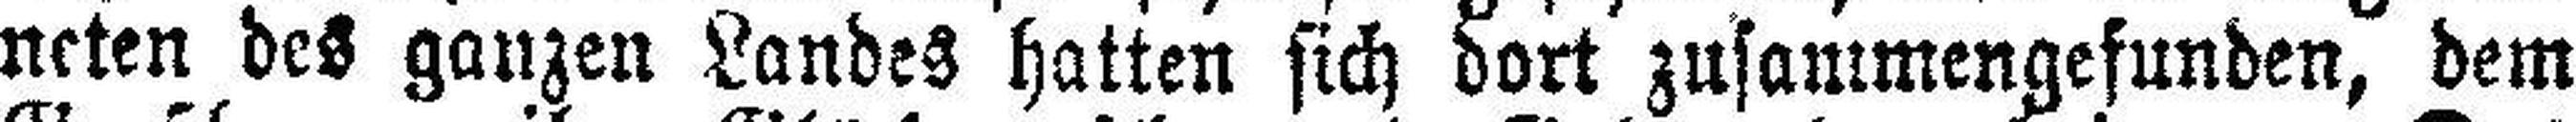
neten des ganzen Landes hatten sich dort zusammengefunden, dem